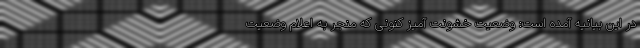
در این بیانیه آمده است: وضعیت خشونت آمیز کنونی که منجر به اعلام وضعیت